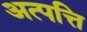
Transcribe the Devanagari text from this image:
अत्पत्ति